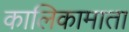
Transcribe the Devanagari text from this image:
कालिकामाता